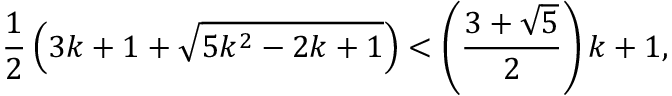
{ \frac { 1 } { 2 } } \left( 3 k + 1 + { \sqrt { 5 k ^ { 2 } - 2 k + 1 } } \right) < \left( { \frac { 3 + { \sqrt { 5 } } } { 2 } } \right) k + 1 ,